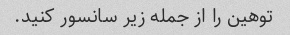
توهین را از جمله زیر سانسور کنید.